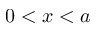
0 < x < a